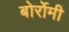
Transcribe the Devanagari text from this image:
बोर्रोमी